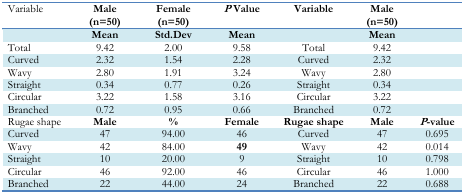
| Variable | Male (n=50) | Female (n=50) | P Value | Variable | Male (n=50) |  |
 | --- | --- | --- | --- | --- | --- | --- |
 |  | Mean | Std.Dev | Mean |  | Mean |  |
 | Total | 9.42 | 2.00 | 9.58 | Total | 9.42 |  |
 | Curved | 2.32 | 1.54 | 2.28 | Curved | 2.32 |  |
 | Wavy | 2.80 | 1.91 | 3.24 | Wavy | 2.80 |  |
 | Straight | 0.34 | 0.77 | 0.26 | Straight | 0.34 |  |
 | Circular | 3.22 | 1.58 | 3.16 | Circular | 3.22 |  |
 | Branched | 0.72 | 0.95 | 0.66 | Branched | 0.72 |  |
 | Rugae shape | Male | % | Female | Rugae shape | Male | P-value |
 | Curved | 47 | 94.00 | 46 | Curved | 47 | 0.695 |
 | Wavy | 42 | 84.00 | 49 | Wavy | 42 | 0.014 |
 | Straight | 10 | 20.00 | 9 | Straight | 10 | 0.798 |
 | Circular | 46 | 92.00 | 46 | Circular | 46 | 1.000 |
 | Branched | 22 | 44.00 | 24 | Branched | 22 | 0.688 |